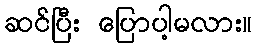
ဆင်ပြီး ပြောပါ့မလား။